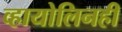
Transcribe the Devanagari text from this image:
व्हायोलिनही